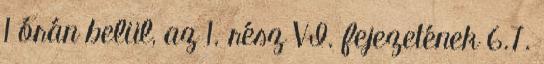
1 órán belül, az 1. rész VI. fejezetének 6.7.